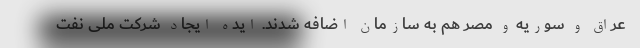
عراق و سوریه و مصر هم به سازمان اضافه شدند. ایده ایجاد شرکت ملی نفت